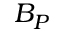
B _ { P }